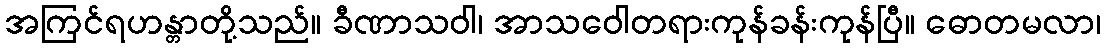
အကြင်ရဟန္တာတို့သည်။ ခီဏာသဝါ၊ အာသဝေါတရားကုန်ခန်းကုန်ပြီ။ ဓောတမလာ၊